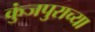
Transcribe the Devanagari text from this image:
कुंजपुराच्या